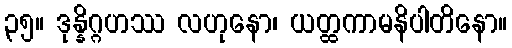
၃၅။ ဒုန္နိဂ္ဂဟဿ လဟုနော၊ ယတ္ထကာမနိပါတိနော။